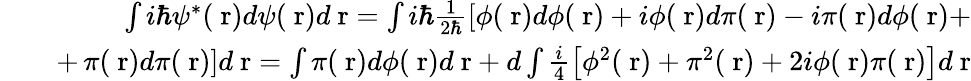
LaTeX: \begin{array}{rlr}&{}&{\int i\hbar\psi^{*}(\mathrm{\mathbf~r})d\psi(\mathrm{\mathbf~r})d\mathrm{\mathbf~r}=\int i\hbar\frac{1}{2\hbar}\left[\phi(\mathrm{\mathbf~r})d\phi(\mathrm{\mathbf~r})+i\phi(\mathrm{\mathbf~r})d\pi(\mathrm{\mathbf~r})-i\pi(\mathrm{\mathbf~r})d\phi(\mathrm{\mathbf~r})+\right.}\\ &{}&{+\left.\pi(\mathrm{\mathbf~r})d\pi(\mathrm{\mathbf~r})\right]d\mathrm{\mathbf~r}=\int\pi(\mathrm{\mathbf~r})d\phi(\mathrm{\mathbf~r})d\mathrm{\mathbf~r}+d\int\frac{i}{4}\left[\phi^{2}(\mathrm{\mathbf~r})+\pi^{2}(\mathrm{\mathbf~r})+2i\phi(\mathrm{\mathbf~r})\pi(\mathrm{\mathbf~r})\right]d\mathrm{\mathbf~r}}\end{array}